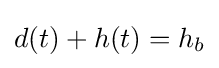
d(t)+h(t)=h_{b}